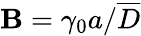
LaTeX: \mathbf{B}=\gamma_{0}a/\overline{{{D}}}